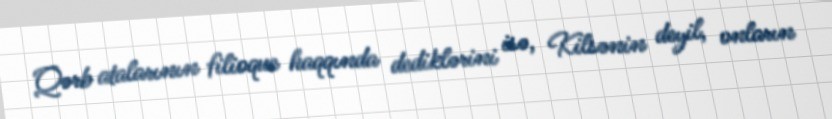
Qərb atalarının filioque haqqında dediklərini isə, Kilsənin deyil, onların